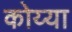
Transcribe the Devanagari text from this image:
कोय्या